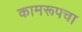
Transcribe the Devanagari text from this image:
कामरूपचा